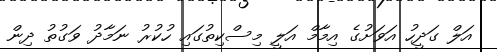
އަލް ގަދީހު އަވަށުގެ އިމާމް އަލީ މިސްކިތުގައި ހުކުރު ނަމާދު ވަގުތު ދިން